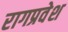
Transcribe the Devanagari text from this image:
रागप्रवेश